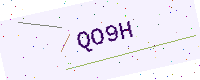
Text: QO9H